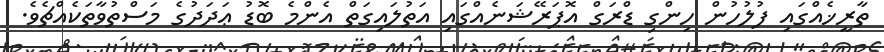
ތާރީޚެއްގައި ފުލުހުން ހިންގި ޑްރަގް އޮޕަރޭޝަނެއްގައި އަތުލައިގަތް އެންމެ ބޮޑު ޢަދަދުގެ މަސްތުވާތަކެެއްޗެވެ.